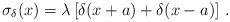
LaTeX: \begin{align*}\sigma_\delta(x)=\lambda\left[\delta(x+a)+\delta(x-a)\right]\, .\end{align*}